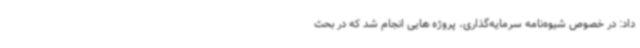
داد: در خصوص شیوه‌نامه سرمایه‌گذاری، پروژه ‌هایی انجام شد که در بحث